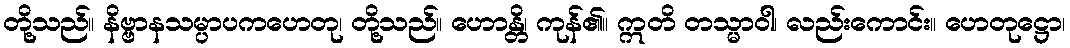
တို့သည်။ နိဗ္ဗာနသမ္ပာပကဟေတု၊ တို့သည်။ ဟောန္တိ၊ ကုန်၏။ ဣတိ တသ္မာဝါ၊ လည်းကောင်း။ ဟေတုဋ္ဌော၊